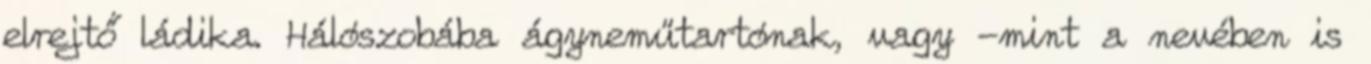
elrejtő ládika. Hálószobába ágyneműtartónak, vagy -mint a nevében is